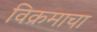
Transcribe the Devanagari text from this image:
विक्रमाचा